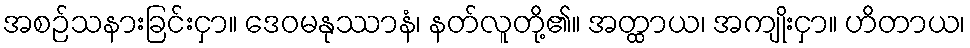
အစဉ်သနားခြင်းငှာ။ ဒေဝမနုဿာနံ၊ နတ်လူတို့၏။ အတ္ထာယ၊ အကျိုးငှာ။ ဟိတာယ၊